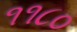
૧૧૮૦